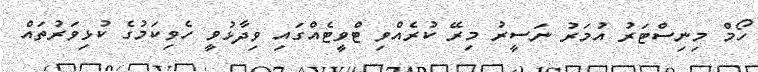
ހޯމް މިނިސްޓަރު އުމަރު ނަސީރު މިރޭ ކުރެއްވި ޓްވީޓެއްގައި ވިދާޅުވީ ހެވިކަމުގެ ކުޅިވަރުތައް